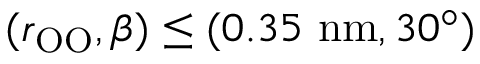
( r _ { \mathrm { O O } } , \beta ) \le ( 0 . 3 5 ~ \mathrm { n m } , 3 0 ^ { \circ } )